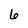
Character: 6